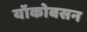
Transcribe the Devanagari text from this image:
यॉकोबसन